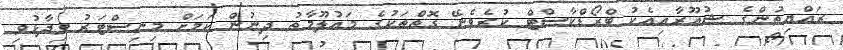
ރައްޔިތުންގެ ޝުއޫރާއިއެކު ބްރޯޑްކާސްޓް ކުރެވެނޭ ގޮތްތަކުގެ މައުލޫމާތު ދިނުން ކަމަށް މިނިސްޓަރު ވިދާޅުވި